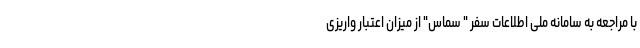
با مراجعه به سامانه ملی اطلاعات سفر " سماس" از میزان اعتبار واریزی